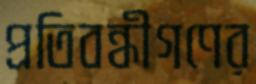
প্রতিবন্ধীগণের